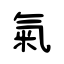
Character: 氣